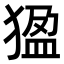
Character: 𤟣